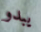
يبدو